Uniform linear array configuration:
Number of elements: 8
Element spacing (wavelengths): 0.25
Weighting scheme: exponential
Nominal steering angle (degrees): -60
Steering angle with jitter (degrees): -61.955
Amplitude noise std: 0.05
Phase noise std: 0.05

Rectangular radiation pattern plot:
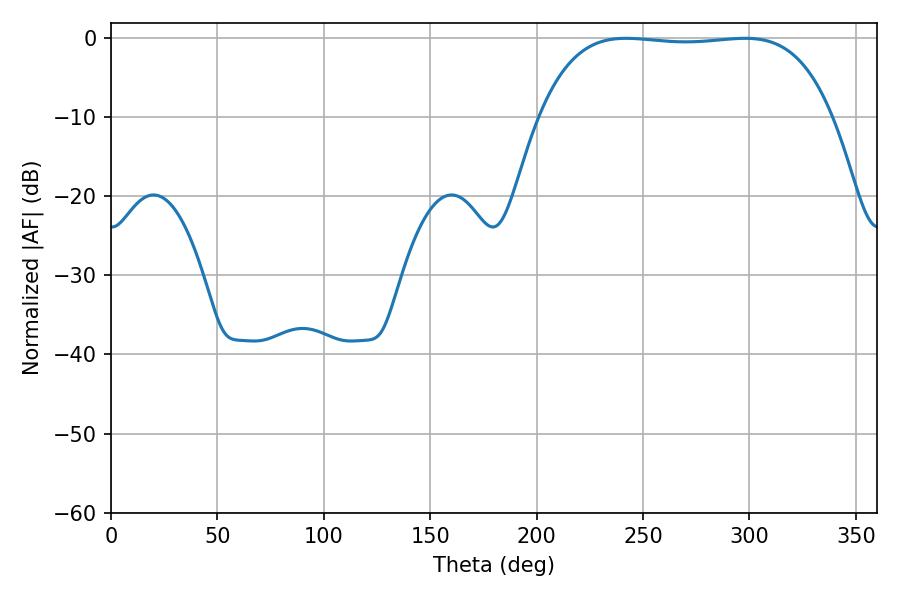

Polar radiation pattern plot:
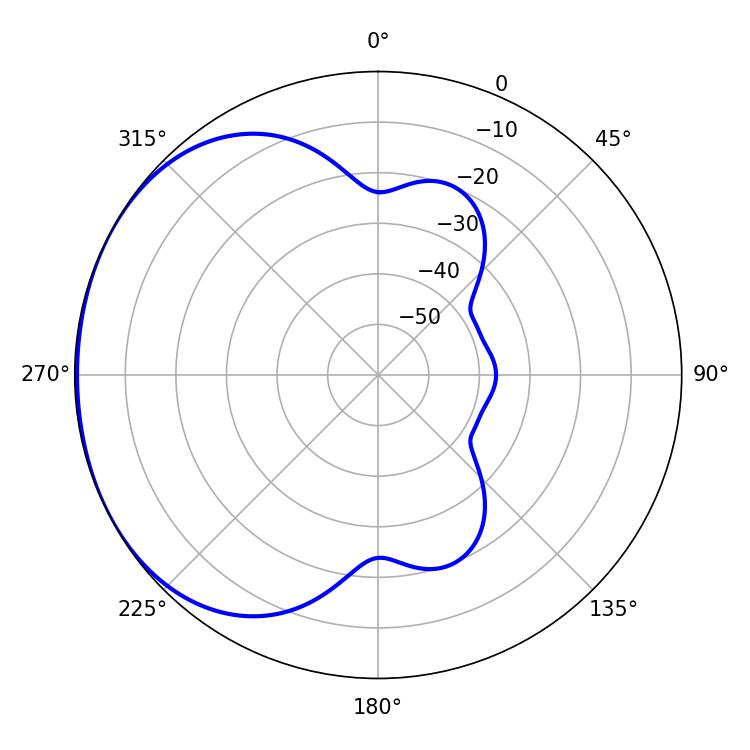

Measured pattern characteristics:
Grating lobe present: FALSE
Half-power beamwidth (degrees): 108
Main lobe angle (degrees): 242.1